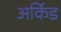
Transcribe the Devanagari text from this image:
अर्किड